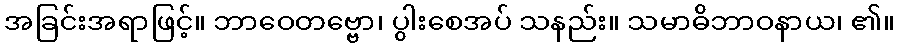
အခြင်းအရာဖြင့်။ ဘာဝေတဗ္ဗော၊ ပွါးစေအပ် သနည်း။ သမာဓိဘာဝနာယ၊ ၏။